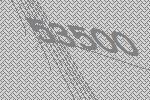
53500